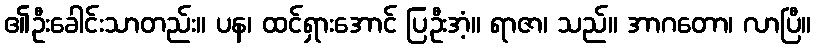
၏ဦးခေါင်းသာတည်း။ ပန၊ ထင်ရှားအောင် ပြဦးအံ့။ ရာဇာ၊ သည်။ အာဂတော၊ လာပြီ။